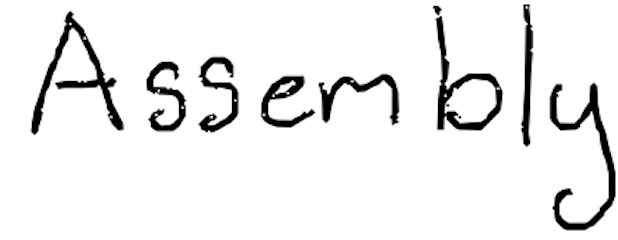
Text: Assembly
Cross-out: clean
Writing tool: digital_black